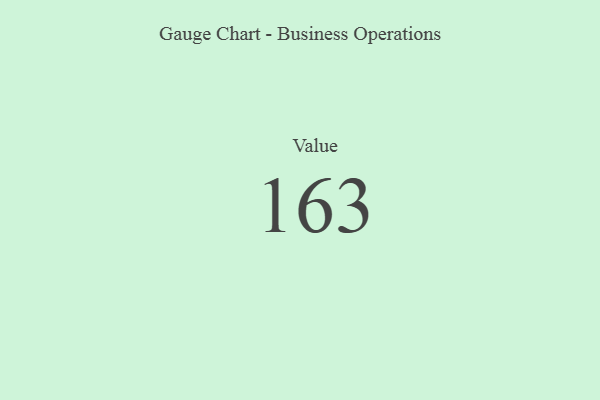
{"axis": {"x": "Metric", "y": "Value"}, "legend": [""], "data": [{"x": "Value", "y": 163, "type": ""}]}